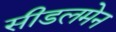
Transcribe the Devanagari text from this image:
सीडलमेन